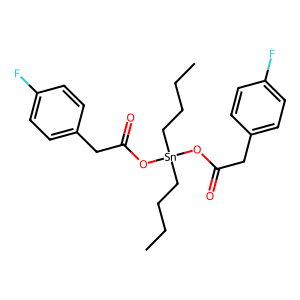
SMILES: CCCC[Sn](CCCC)(OC(=O)Cc1ccc(F)cc1)OC(=O)Cc1ccc(F)cc1
Inhibits HIV replication: No